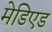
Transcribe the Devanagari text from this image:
मेडिएड